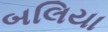
બલિયા